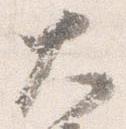
大